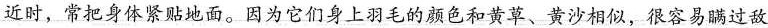
近时，常把身体紧贴地面。因为它们身上羽毛的颜色和黄草、黄沙相似，很容易瞒过敌